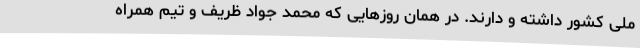
ملی کشور داشته و دارند. در همان روزهایی که محمد جواد ظریف و تیم همراه